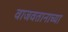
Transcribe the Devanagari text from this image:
वाजवतानाच्या